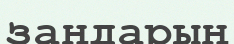
заңдарың